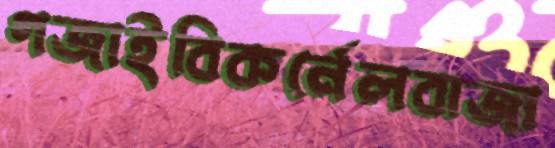
গজাইবিকর্নেলবাজা